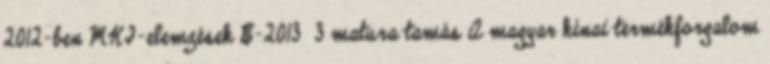
2012-ben MKI-elemzések E-2013 3 matura tamás A magyar kínai termékforgalom